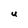
Character: U